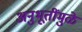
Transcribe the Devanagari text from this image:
अनुभूतींमुळे